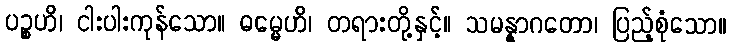
ပဉ္စဟိ၊ ငါးပါးကုန်သော။ ဓမ္မေဟိ၊ တရားတို့နှင့်။ သမန္နာဂတော၊ ပြည့်စုံသော။